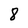
Character: 8